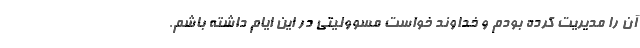
آن را مدیریت کرده بودم و خداوند خواست مسوولیتی در این ایام داشته باشم.